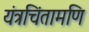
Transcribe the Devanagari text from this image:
यंत्रचिंतामणि